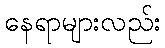
နေရာများလည်း